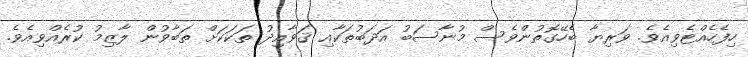
ހިފެހެއްޓެވިއެވެ. ވަރިޔާ ބެހޭގޮތުންވެސް މުނާސަބު އަދަބުތަކާއި ޤަވާއިދު ތަކަކަށް ތަބާވުން ލާޒިމު ކުރެއްވިއެވެ.